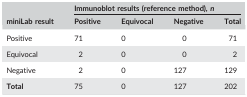
|  | <COLSPAN=4> Immunoblot results (reference method), n |
 | miniLab result | Positive | Equivocal | Negative | Total |
 | --- | --- | --- | --- | --- |
 | Positive | 71 | 0 | 0 | 71 |
 | Equivocal | 2 | 0 | 0 | 2 |
 | Negative | 2 | 0 | 127 | 129 |
 | Total | 75 | 0 | 127 | 202 |